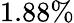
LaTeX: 1.88\%